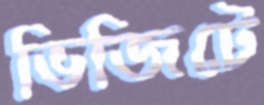
ভিজিটে